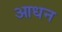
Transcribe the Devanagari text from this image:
आधन